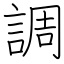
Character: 調